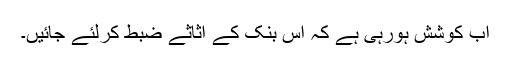
اب کوشش ہورہی ہے کہ اس بنک کے اثاثے ضبط کرلئے جائیں۔